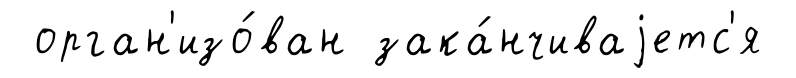
орган'изо́ван зака́нчиваjетс'я